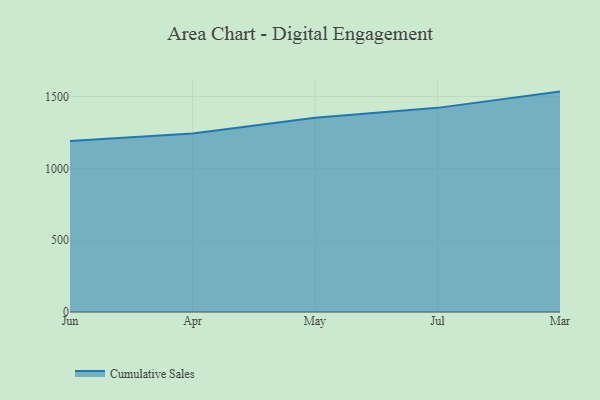
{"axis": {"x": "Month", "y": "Temperature (°C)"}, "legend": ["Cumulative Sales"], "data": [{"x": "Jun", "y": 1190.2, "type": "Cumulative Sales"}, {"x": "Apr", "y": 1242.6, "type": "Cumulative Sales"}, {"x": "May", "y": 1351.4, "type": "Cumulative Sales"}, {"x": "Jul", "y": 1420.6, "type": "Cumulative Sales"}, {"x": "Mar", "y": 1533.8, "type": "Cumulative Sales"}]}